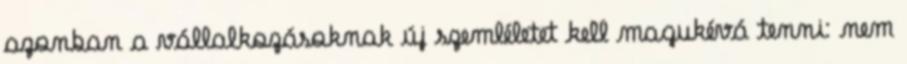
azonban a vállalkozásoknak új szemléletet kell magukévá tenni: nem